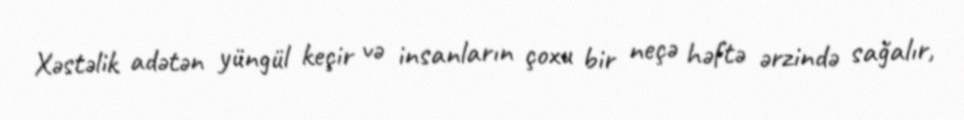
Xəstəlik adətən yüngül keçir və insanların çoxu bir neçə həftə ərzində sağalır,